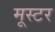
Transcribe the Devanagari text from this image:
मूस्टर